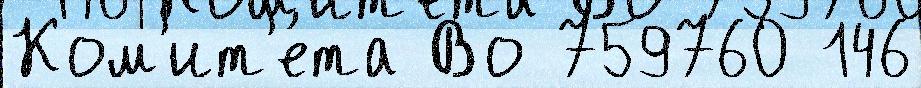
Ком'ит'е́та Во 759760 146